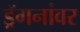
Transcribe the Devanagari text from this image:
ड्रॅगनांवर